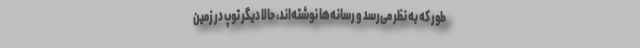
طور که به نظر می‌رسد و رسانه‌ها نوشته‌اند، حالا دیگر توپ در زمین